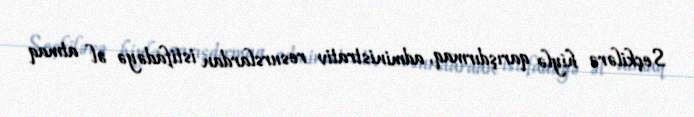
Seçkilərə hiylə qarışdırmaq, administrativ resurslardan istifadəyə əl atmaq